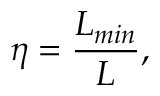
\eta = \frac { L _ { m i n } } { L } ,